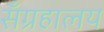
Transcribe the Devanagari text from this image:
सँग्रहालय